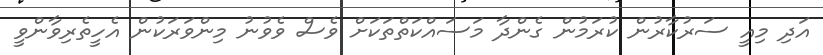
އަދި މިއީ ސަރުކާރުން ކުރަމުން ގެންދާ މަސައްކަތްތަކަށް ވެސް ވެވުނު މިންވަރަކުން އެހީތެރިވާންވީ